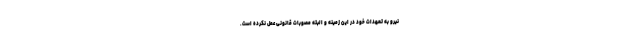
نیرو به تعهدات خود در این زمینه و البته مصوبات قانونی عمل نکرده است.